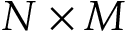
N \times M